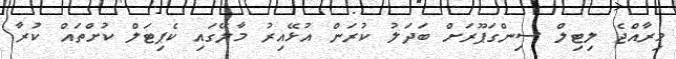
މިރާއްޖެ ލިޓިލް ސިންގަޕޫރަށް ބަދަލު ކުރަން އުޅޭއިރު މާލޭގައި ކެޕިޓަލް ކުށްތައް ކުރާ